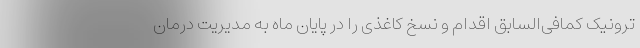
ترونیک کمافی‌السابق اقدام و نسخ کاغذی را در پایان ماه به مدیریت‌ درمان